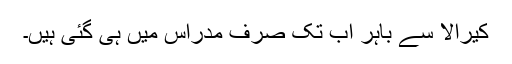
کیرالا سے باہر اب تک صرف مدراس میں ہی گئی ہیں۔